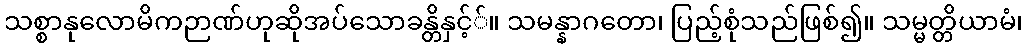
သစ္စာနုလောမိကဉာဏ်ဟုဆိုအပ်သောခန္တိနှင့််။ သမန္နာဂတော၊ ပြည့်စုံသည်ဖြစ်၍။ သမ္မတ္တိယာမံ၊